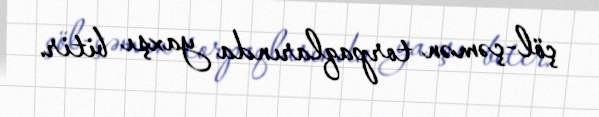
çöl-çəmən torpaqlarında yaxşı bitir.